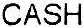
CASH